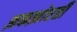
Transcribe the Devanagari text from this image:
झकझोरती